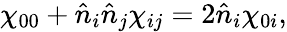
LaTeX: \chi_{00}+\hat{n}_{i}\hat{n}_{j}\chi_{ij}=2\hat{n}_{i}\chi_{0i},